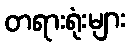
တရားရုံးများ